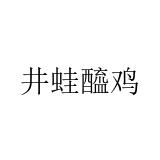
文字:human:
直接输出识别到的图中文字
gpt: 井蛙醯鸡